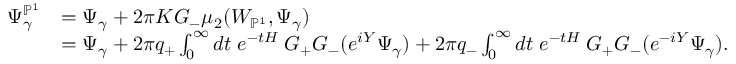
\begin{array} { r l } { \Psi _ { \gamma } ^ { \mathbb { P } ^ { 1 } } } & { = \Psi _ { \gamma } + 2 \pi K G _ { - } \mu _ { 2 } ( W _ { \mathbb { P } ^ { 1 } } , \Psi _ { \gamma } ) } \\ & { = \Psi _ { \gamma } + 2 \pi q _ { + } \int _ { 0 } ^ { \infty } d t \; e ^ { - t H } \; G _ { + } G _ { - } ( e ^ { i Y } \Psi _ { \gamma } ) + 2 \pi q _ { - } \int _ { 0 } ^ { \infty } d t \; e ^ { - t H } \; G _ { + } G _ { - } ( e ^ { - i Y } \Psi _ { \gamma } ) . } \end{array}